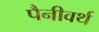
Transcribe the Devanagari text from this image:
पैनीवर्थ